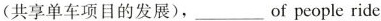
(共享单车项目的发展),___of people ride